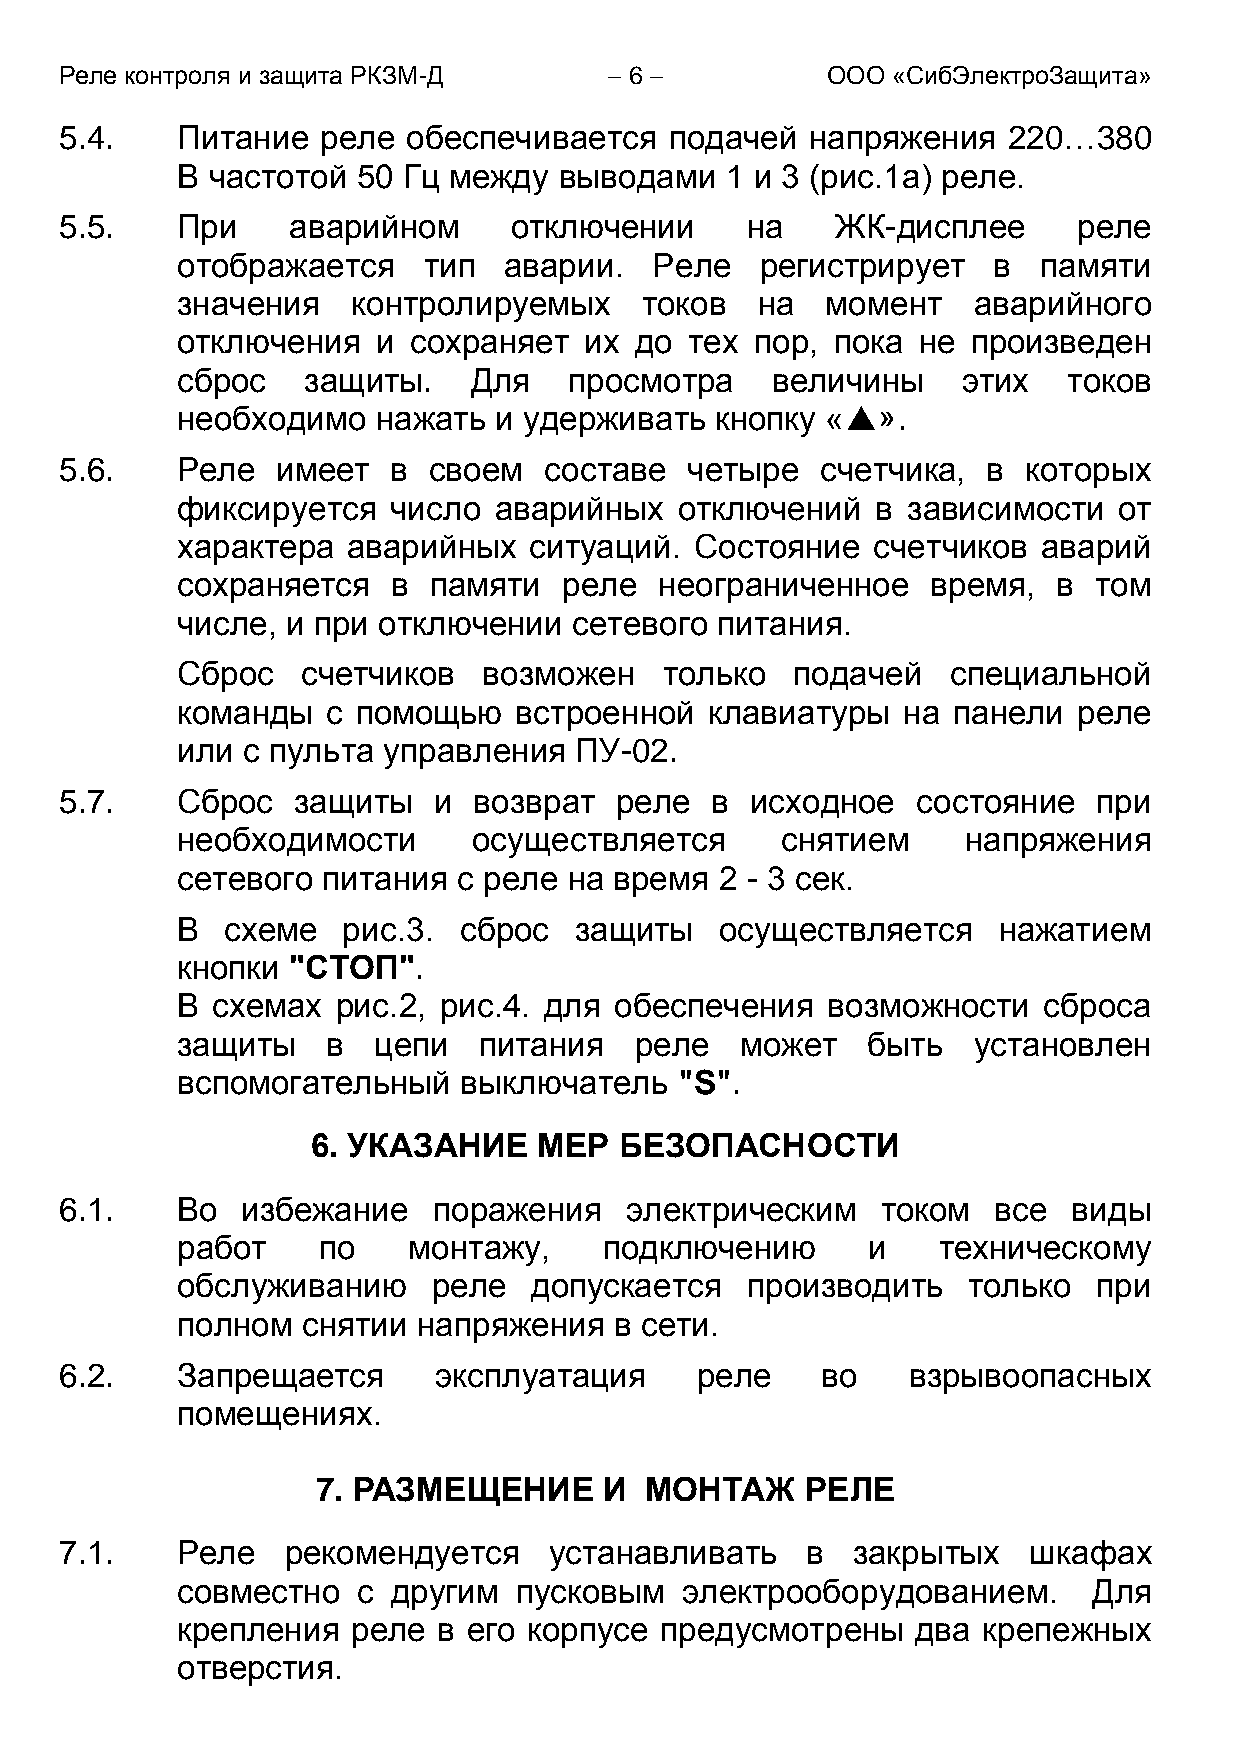
Реле контроля и защита РКЗМ-Д        6           ООО «СибЭлектроЗащита»
 5.4.    Питание  реле  обеспечивается   подачей   напряжения   220…380
 В частотой  50 Гц между  выводами   1 и 3 (рис.1а) реле.
 5.5.    При    аварийном      отключении     на    ЖК-дисплее      реле
 отображается    тип  аварии.   Реле   регистрирует    в  памяти
 значения   контролируемых     токов   на   момент   аварийного
 отключения   и сохраняет   их до  тех пор, пока  не произведен
 сброс   защиты.    Для    просмотра    величины     этих   токов
 необходимо   нажать  и удерживать  кнопку  «».
 5.6.    Реле  имеет   в своем   составе  четыре   счетчика,  в  которых
 фиксируется   число  аварийных   отключений   в зависимости   от
 характера  аварийных   ситуаций.  Состояние   счетчиков  аварий
 сохраняется   в памяти   реле   неограниченное    время,  в том
 числе, и при отключении   сетевого питания.
 Сброс   счетчиков   возможен    только  подачей    специальной
 команды   с помощью   встроенной   клавиатуры   на панели  реле
 или с пульта управления   ПУ-02.
 5.7.    Сброс  защиты    и возврат   реле  в  исходное   состояние   при
 необходимости      осуществляется       снятием     напряжения
 сетевого питания  с реле  на время  2 - 3 сек.
 В  схеме   рис.3. сброс   защиты    осуществляется    нажатием
 кнопки "СТОП".
 В схемах  рис.2, рис.4. для  обеспечения   возможности   сброса
 защиты    в  цепи   питания   реле   может   быть   установлен
 вспомогательный    выключатель   "S".
 6. УКАЗАНИЕ    МЕР  БЕЗОПАСНОСТИ
 6.1.    Bо  избежание    поражения   электрическим    током   все  виды
 работ    по    монтажу,     подключению      и    техническому
 обслуживанию     реле  допускается   производить    только   при
 полном  снятии  напряжения   в сети.
 6.2.    Запрещается      эксплуатация     реле    во    взрывоопасных
 помещениях.
 7. РАЗМЕЩЕНИЕ      И  МОНТАЖ    РЕЛЕ
 7.1.    Реле   рекомендуется    устанавливать    в  закрытых    шкафах
 совместно   с другим  пусковым   электрооборудованием.      Для
 крепления  реле  в его корпусе  предусмотрены    два крепежных
 отверстия.